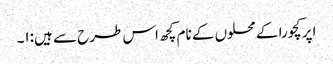
اپر کچورا کے محلوں کے نام کچھ اس طرح سے ہیں:۱۔